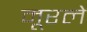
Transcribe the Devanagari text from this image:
मूरले